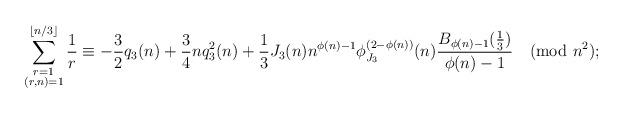
LaTeX: \begin{align*}\sum_{\substack{r=1\\ (r,n)=1}}^{\lfloor n/3\rfloor}\frac{1}{r}\equiv -\frac{3}{2}q_3(n)+\frac{3}{4}nq_3^2(n)+\frac{1}{3}J_{3}(n)n^{\phi(n)-1}\phi_{J_{3}}^{(2-\phi(n))}(n)\frac{B_{\phi(n)-1}(\frac{1}{3})}{\phi(n)-1} \pmod{n^2};\end{align*}